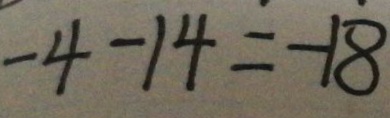
- 4 - 1 4 = - 1 8